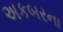
અકબરના